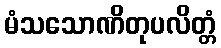
မံသသောဏိတုပလိတ္တံ